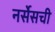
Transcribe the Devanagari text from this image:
नर्सेसची